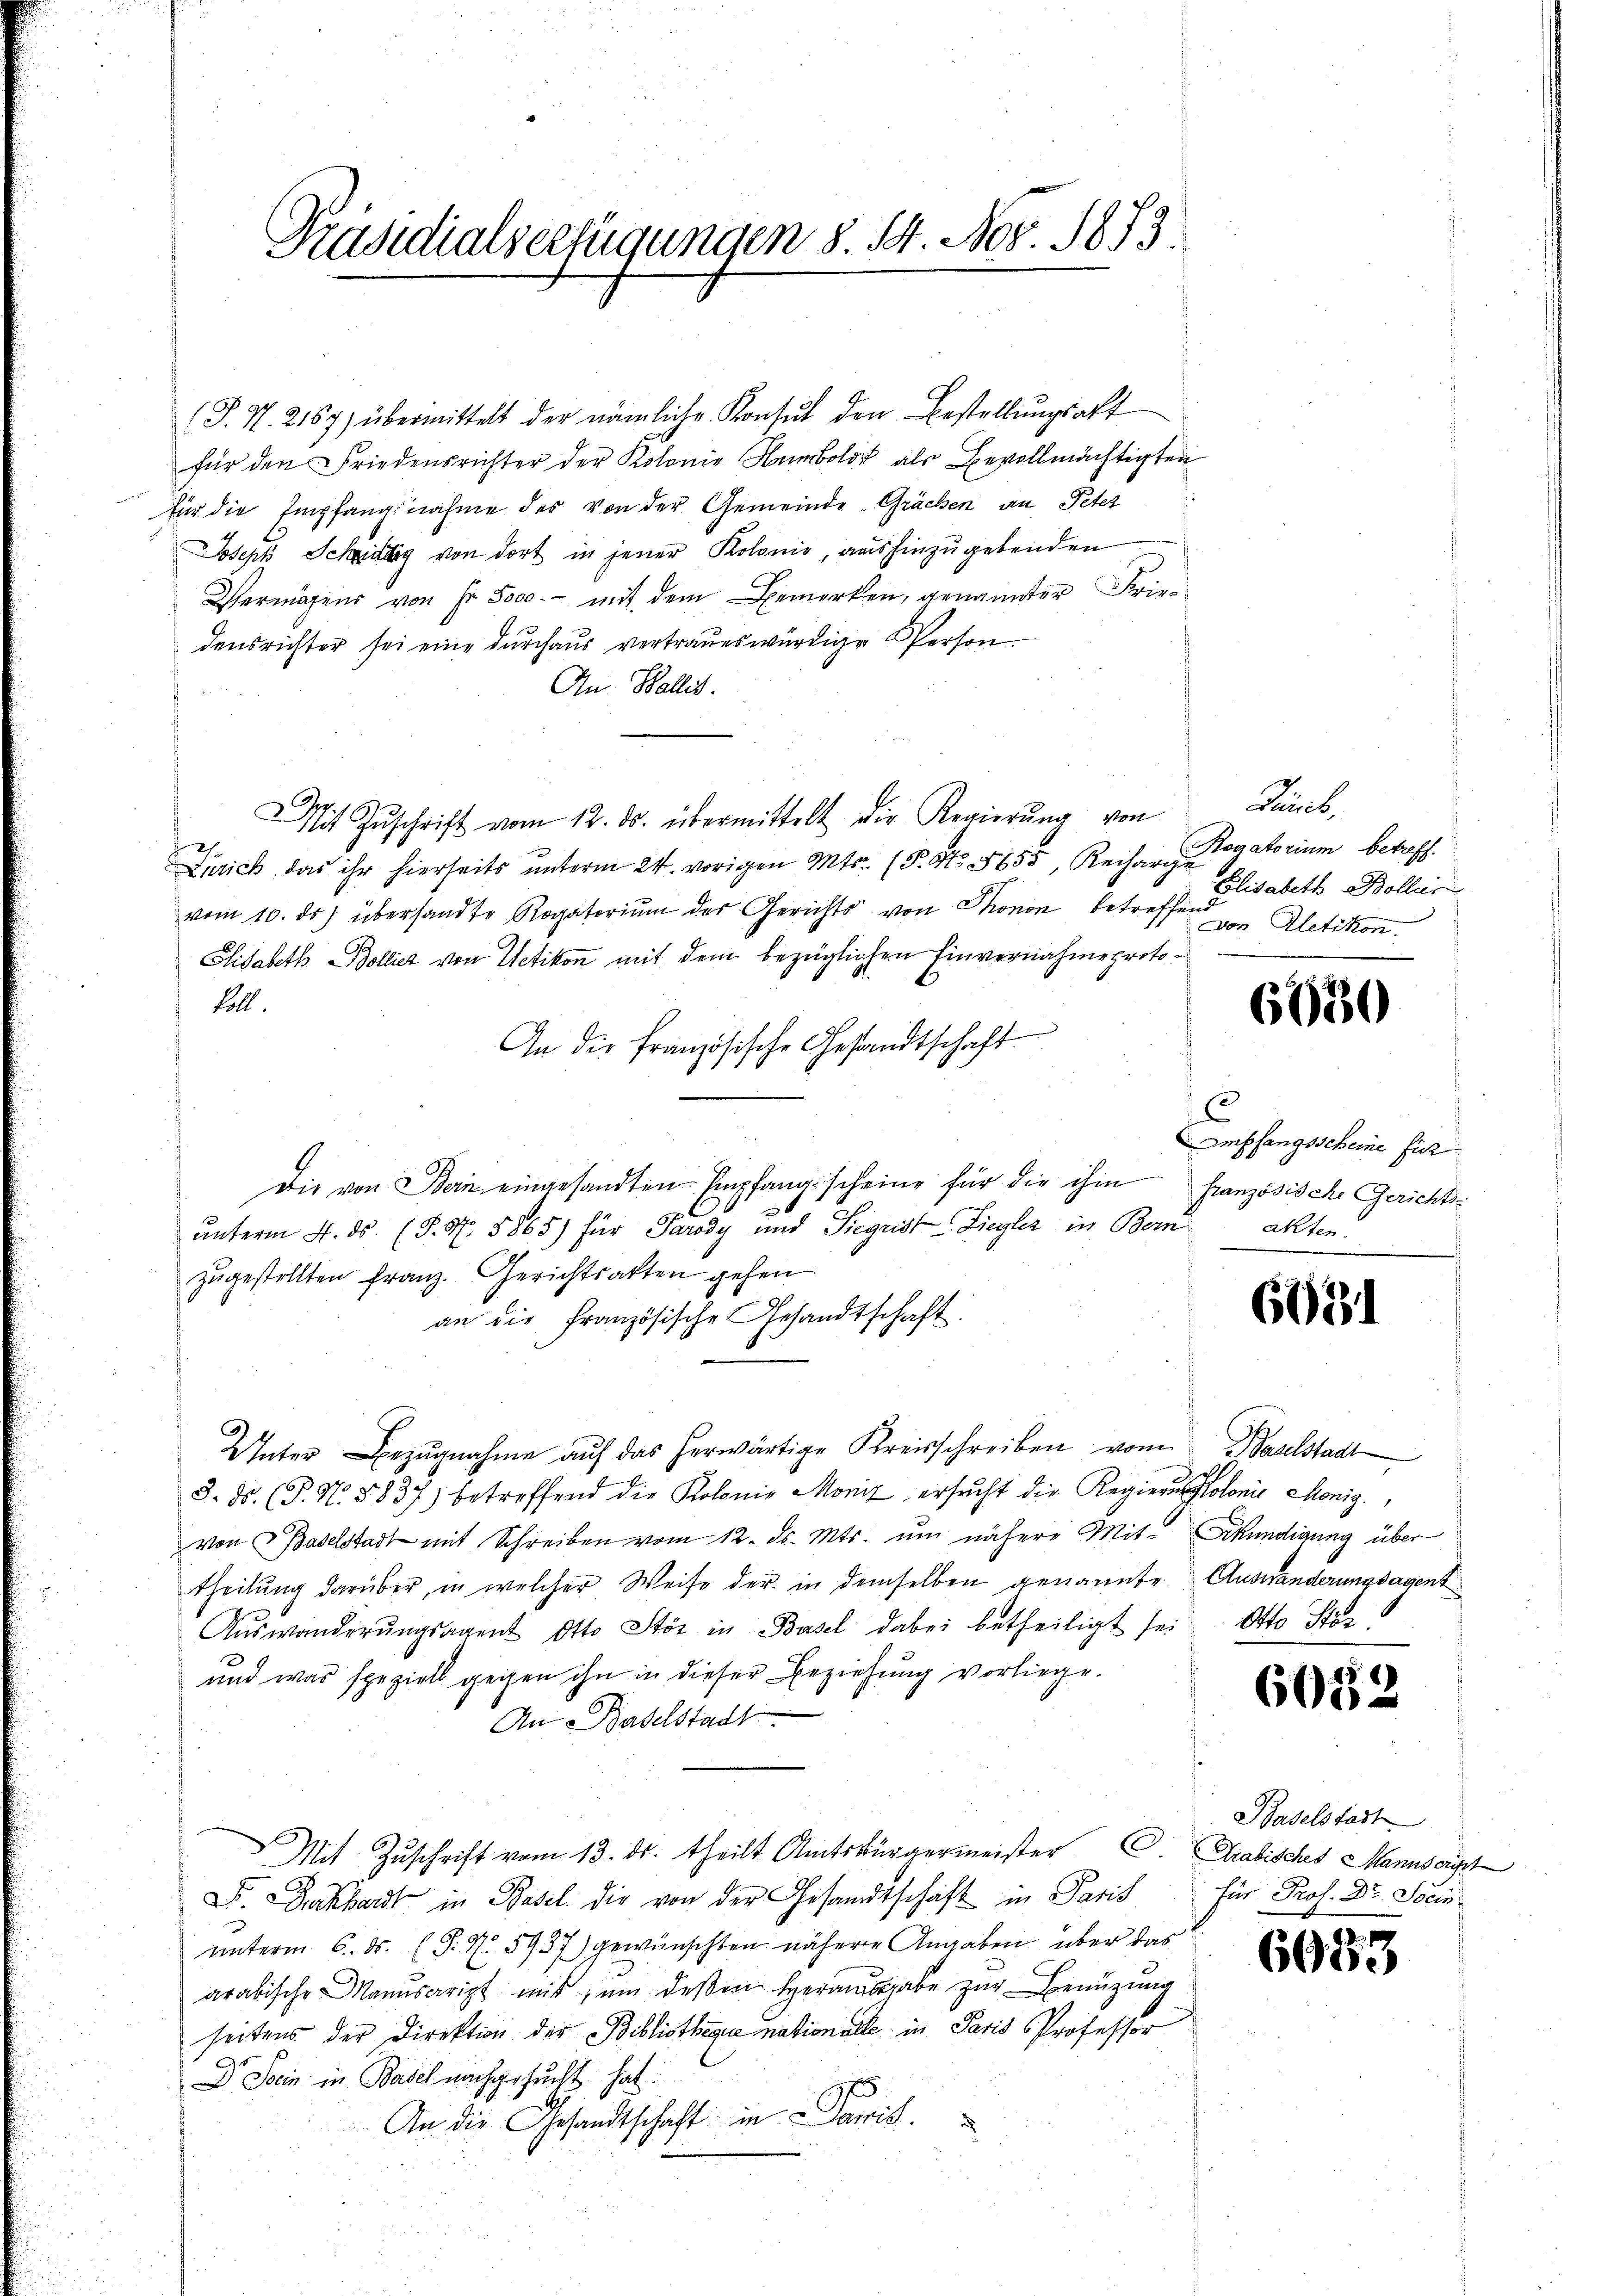
Präsidialserfügungen §. 14. Nov. 1873.

(J. N. 2167) übermittelt der nämliche Konsŭt den Bestellŭngsakt
für den Friedensrichter der Kolonie Humbold als Bevollmächtigten
für die Empfangnahme des von der Gemeinde Grächen an Peter
Joseph Scheidig von dort in jener Kolonis, aushinzugebenden
Vermögens von Hr. Sooo. - mit dem Bemerken, genannter Friedensrichter sei eine durchaus vertraues würdige Person.
An Wallis.
Mit Zŭschrift vom 12. ds. übermittelt die Regierŭng von
Zürich, das ihr hierseits unterm 24. vorigen Mts. (T. No. 5655, Rechar Rogatorium betreff
vom 10. ds. übersandte Rogatoriŭm des Gerichts von Thonon betreffend Aletikon.
Elisabeth Bollier von Uetikon mit dem bezüglichen Einvernahmeprotoball.
An die französische Gesandtschaft
Die von Bern eingesandten Empfangscheine für die ihm französische Gerichtsunterm 4. ds. (T. N. 5865) für Parody und SiegristLiegler in Bern
zugestellten Franz. Gerichtsakten gehen
an die französische Gesandtschaft.
Unter Bezŭgnahme aŭf das herwärtige Kreisschreiben vom Baselstadt
3. ds. (T. N. 8837) betreffend die Kolonie Monit ersŭcht die Regierungsolonie Mönig.
von Baselstadt mit Schreiben vom 12. ds. Mts. um nähere Mit- Erkundigung über
theilung darüber, in welcher Weise der in demselben genannte Auswänderungsagent
Aŭswanderŭngsagent Otto Stöz in Basel dabei betheiligt sei Otto Stör¬
und was speziell gegen ihn in dieser Beziehung vorliege.
An Baselstadt
Mit Zuschrift vom 13. ds. theilt Amtsbürgermeister C. Arabisches Manuscript
F. Deckhardt in Basel die von der Gesandtschaft in Paris
unterm 6. ds. (S. N. 5937) gewünschten nähere Angaben über das
arabische Manuscript mit, um deßen Herausgabe zur Benützung
seitens der Direktion des Bibliotheque nationalle in Paris Professor
Dr. Stein: in Basel nachgesucht hat.
An die Gesandtschaft in Paris.

Famil
Elisabeth Bollis

6030

Empfangscheine für
akten.

6031

6052

Baselstadt
für Prof. Dr. Stein.

6053